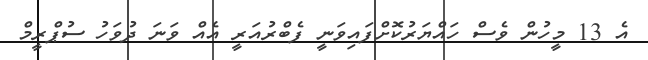
އެ 13 މީހުން ވެސް ހައްޔަރުކޮށްފައިވަނީ ފެބްރުއަރީ އެއް ވަނަ ދުވަހު ސުޕްރީމް